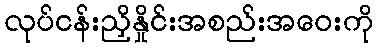
လုပ်ငန်းညှိနှိုင်းအစည်းအဝေးကို